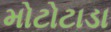
મોટોટાડા